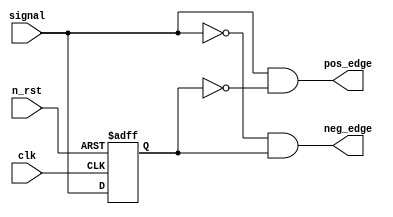
module edge_detector (
	clk,
	n_rst,
	signal,
	pos_edge,
	neg_edge
);
	parameter WIDTH = 1;
	input wire clk;
	input wire n_rst;
	input wire [WIDTH - 1:0] signal;
	output wire [WIDTH - 1:0] pos_edge;
	output wire [WIDTH - 1:0] neg_edge;
	reg [WIDTH - 1:0] signal_r;
	always @(posedge clk or negedge n_rst)
		if (~n_rst)
			signal_r <= {WIDTH {1'sb0}};
		else
			signal_r <= signal;
	assign pos_edge = signal & ~signal_r;
	assign neg_edge = ~signal & signal_r;
endmodule